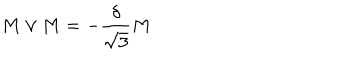
M \vee M = - \frac { \delta } { \sqrt { 3 } } M